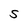
Character: S